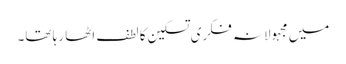
میں مجہولانہ فکری تسکین کا لطف اٹھا رہا تھا۔